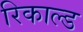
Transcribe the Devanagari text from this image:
रिकाल्ड